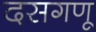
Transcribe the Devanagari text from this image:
दसगणू